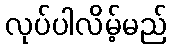
လုပ်ပါလိမ့်မည်